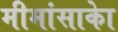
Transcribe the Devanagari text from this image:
मीमांसाकाे